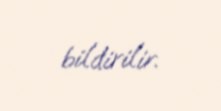
bildirilir.